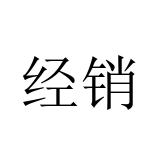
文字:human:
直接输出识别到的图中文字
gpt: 经销